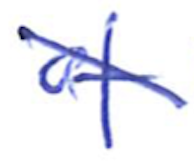
Text: of
Cross-out: mix
Writing tool: ballpoint